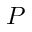
P